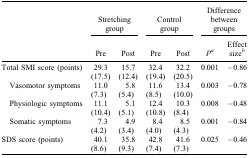
|  | <COLSPAN=2> Stretching group | <COLSPAN=2> Control group | <COLSPAN=2> Difference between groups |
 |  | Pre | Post | Pre | Post | Pa | Effect sizeb |
 | --- | --- | --- | --- | --- | --- | --- |
 | Total SMI score (points) | 29.3 (17.5) | 15.7 (12.4) | 32.4 (19.4) | 32.2 (20.5) | 0.001 | −0.86 |
 | Vasomotor symptoms | 11.0 (7.3) | 5.8 (5.4) | 11.6 (8.5) | 13.4 (10.0) | 0.003 | −0.78 |
 | Physiologic symptoms | 11.1 (10.4) | 5.1 (5.1) | 12.4 (10.8) | 10.3 (8.4) | 0.008 | −0.48 |
 | Somatic symptoms | 7.3 (4.2) | 4.9 (3.4) | 8.4 (4.0) | 8.5 (4.3) | 0.001 | −0.84 |
 | SDS score (points) | 40.1 (8.6) | 35.8 (9.3) | 42.8 (7.4) | 41.6 (7.3) | 0.025 | −0.46 |